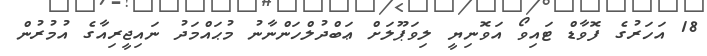
18 އަހަރުގެ ފޮވާޑް ޓައިވޯ އަވޮނިޔީ ލިވަޕޫލަށް ޢަބްދުލްހަންނާނު މުޙައްމަދު ނައިޖީރިއާގެ އުމުރުން